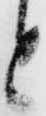
と